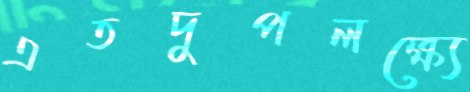
এতদুপলক্ষ্যে